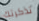
تذكرتك